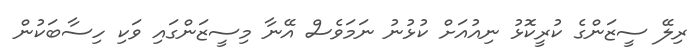
ރިލޭ ސީޒަންގެ ކުރީކޮޅު ނިއުއަށް ކުޅުނު ނަމަވެސް އޭނާ މިސީޒަންގައި ވަކި ހިސާބަކުން